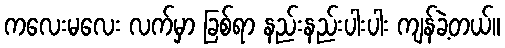
ကလေးမလေး လက်မှာ ခြစ်ရာ နည်းနည်းပါးပါး ကျန်ခဲ့တယ်။